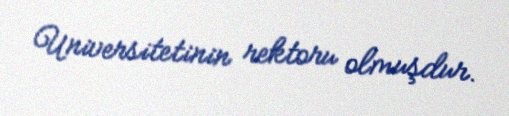
Universitetinin rektoru olmuşdur.